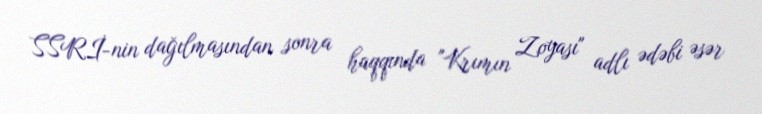
SSRİ-nin dağılmasından sonra haqqında "Krımın Zoyası" adlı ədəbi əsər